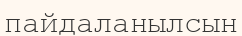
пайдаланылсын